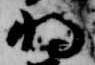
将